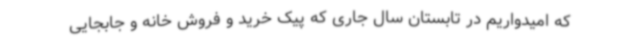
که امیدواریم در تابستان سال جاری که پیک خرید و فروش خانه و جابجایی